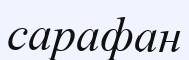
сарафан